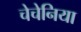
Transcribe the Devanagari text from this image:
चेचेनिया